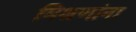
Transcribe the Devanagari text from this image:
मिश्रणांना